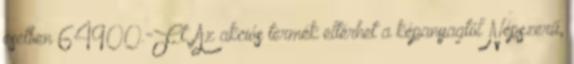
esetben 64900.-Ft. Az akciós termék eltérhet a képanyagtól Népszerű,